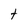
Character: t